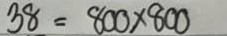
38 = 800 x 800